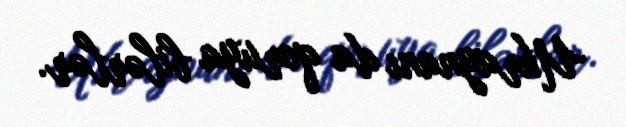
Ukraynanı da qoruya bilərlər.